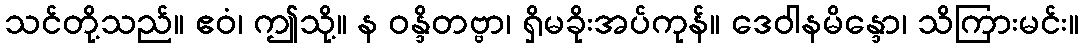
သင်တို့သည်။ ဧဝံ၊ ဤသို့။ န ဝန္ဒိတဗ္ဗာ၊ ရှိမခိုးအပ်ကုန်။ ဒေဝါနမိန္ဒော၊ သိကြားမင်း။